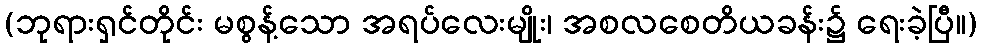
(ဘုရားရှင်တိုင်း မစွန့်သော အရပ်လေးမျိုး၊ အစလစေတိယခန်း၌ ရေးခဲ့ပြီ။)